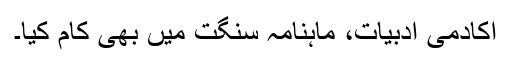
اکادمی ادبیات، ماہنامہ سنگت میں بھی کام کیا۔